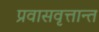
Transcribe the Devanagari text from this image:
प्रवासवृत्तान्त